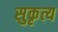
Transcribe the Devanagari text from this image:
सुकृत्य